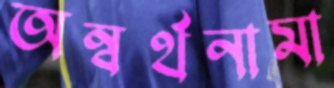
অন্বর্থনামা